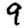
Digit: 9